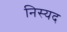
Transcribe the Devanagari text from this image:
निस्यद